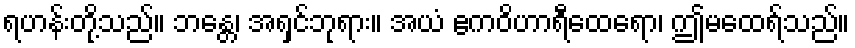
ရဟန်းတို့သည်။ ဘန္တေ၊ အရှင်ဘုရား။ အယံ ဧကဝိဟာရီထေရော၊ ဤမထေရ်သည်။